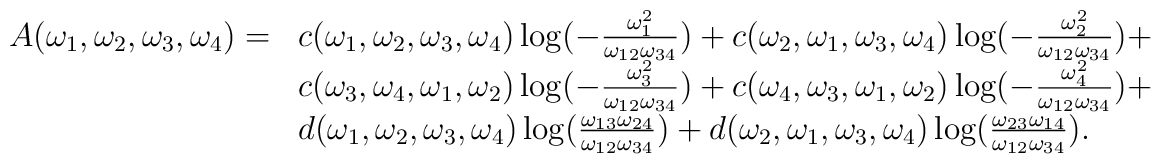
\begin{array}{lll}A(\omega_1,\omega_2,\omega_3,\omega_4)=&c(\omega_1,\omega_2,\omega_3,\omega_4)\log({-\frac{\omega_1^2}{\omega_{12}\omega_{34}}})+c(\omega_2,\omega_1,\omega_3,\omega_4)\log({-\frac{\omega_2^2}{\omega_{12}\omega_{34}}})+\\&c(\omega_3,\omega_4,\omega_1,\omega_2)\log({-\frac{\omega_3^2}{\omega_{12}\omega_{34}}})+c(\omega_4,\omega_3,\omega_1,\omega_2)\log({-\frac{\omega_4^2}{\omega_{12}\omega_{34}}})+\\&d(\omega_1,\omega_2,\omega_3,\omega_4)\log({\frac{\omega_{13}\omega_{24}}{\omega_{12}\omega_{34}}})+d(\omega_2,\omega_1,\omega_3,\omega_4)\log({\frac{\omega_{23}\omega_{14}}{\omega_{12}\omega_{34}}}).\end{array}